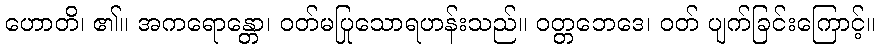
ဟောတိ၊ ၏။ အကရောန္တော၊ ဝတ်မပြုသောရဟန်းသည်။ ဝတ္တဘေဒေ၊ ဝတ် ပျက်ခြင်းကြောင့်။